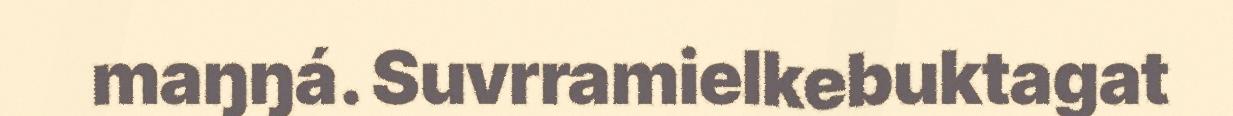
maŋŋá. Suvrramielkebuktagat